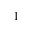
1